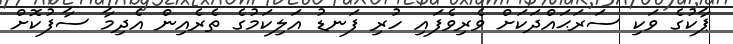
ޕާކުގެ ވަކި ސަރަޙައްދަކަށް ވެރިވެފައި ހުރި ފަނޑު އަލިކަމުގެ ތެރެއިން އެދިމާ ސާފުކޮށް